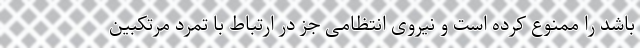
باشد را ممنوع کرده است و نیروی انتظامی جز در ارتباط با تمرد مرتکبین